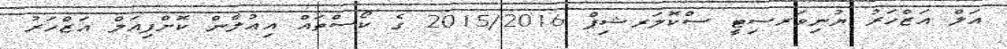
އަލް އަޒްހަރު ޔުނިވަރސިޓީ ސްކޮލަރޝިޕް 2015/2016 ގެ ކޯސްތައް އިޢުލާން ކޮށްފިއަލް އަޒްހަރު